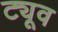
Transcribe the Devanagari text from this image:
ट्यूव